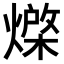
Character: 𭶇